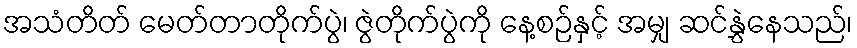
အသံတိတ် မေတ်တာတိုက်ပွဲ၊ ဇွဲတိုက်ပွဲကို နေ့စဉ်နှင့် အမျှ ဆင်နွှဲနေသည်၊